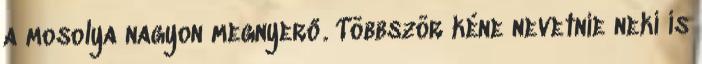
a mosolya nagyon megnyerő. Többször kéne nevetnie neki is